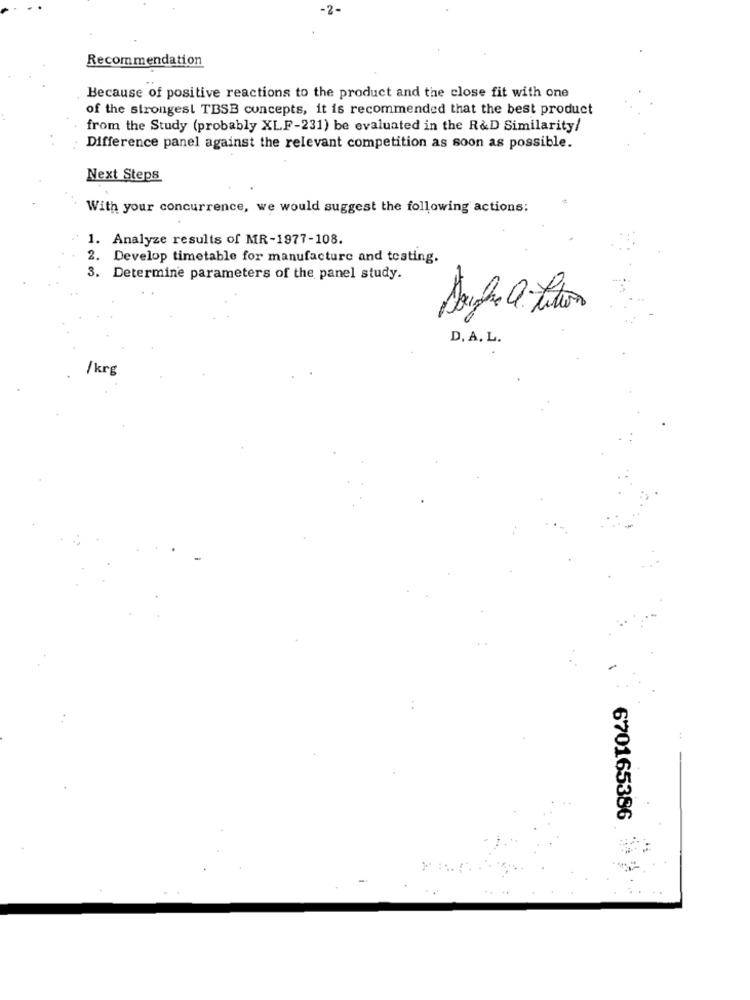
-2-
Recommendation
Because of positive reactions to the product and the close fit with one
of the strongest TBSB concepts, it is recommended that the best product
from the Study (probably XLF-231) be evaluated in the R&D Similarity/
Difference panel against the relevant competition as soon as possible.
Next Steps
With your concurrence, we would suggest the following actions:
1. Analyze results of MR-1977-108.
2. Develop timetable for manufacture and testing.
3. Determine parameters of the panel study.
D. A. L.
/krg
670165386